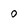
Character: 0